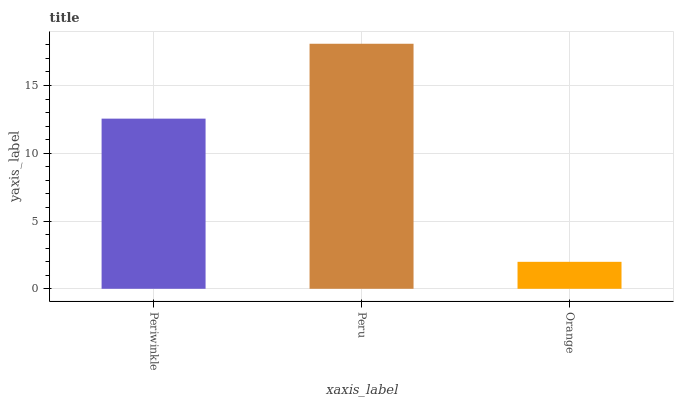
| xaxis_label | bars |
 | --- | --- |
 | Periwinkle | 12.6 |
 | Peru | 18.1 |
 | Orange | 1.99 |